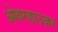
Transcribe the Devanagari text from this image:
ओबरहाउज़र